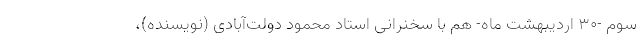
سوم -۳۰ اردیبهشت ماه- هم با سخنرانی استاد محمود دولت‌آبادی (نویسنده)،